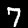
Label: 7